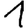
Digit: 1